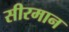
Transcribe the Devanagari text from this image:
सीरमान